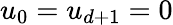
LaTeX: u_{0}=u_{d+1}=0